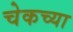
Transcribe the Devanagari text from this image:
चेकच्या